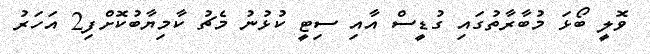
ވޮލީ ބޯޅަ މުބާރާތުގައި ގުޑީސް އާއި ސިޓީ ކުޅުނު މެޗު ކާމިޔާބުކޮށްފި2 އަހަރު